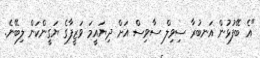
"އެ ބޭފުޅުން އަނބުރާ ސިވިލް ސާވިސް އަށް ދިޔައީމަ ވަޒީފާގެ ޔަގީންކަން ލިބޭނެ.